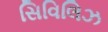
સિવિલિઝ